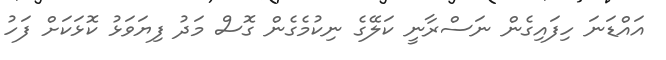
އައްޑަނަ ހިފައިގެން ނަސްރާނީ ކަލޭގެ ނިކުމެގެން ގޮސް މަދު ފިޔަވަޅު ކޮޅަކަށް ފަހު